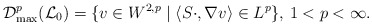
\begin{align*} \mathcal{D}^p_{\mathrm{max}}(\mathcal{L}_0)=\{v\in W^{2,p}\mid \left\langle S\cdot,\nabla v\right\rangle\in L^p\},\,1<p<\infty. \end{align*}